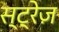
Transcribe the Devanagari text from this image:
स्ट्रेज़